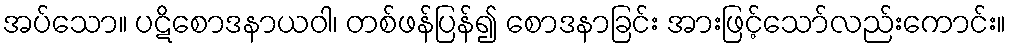
အပ်သော။ ပဋိစောဒနာယဝါ၊ တစ်ဖန်ပြန်၍ စောဒနာခြင်း အားဖြင့်သော်လည်းကောင်း။